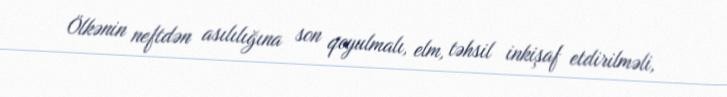
Ölkənin neftdən asılılığına son qoyulmalı, elm, təhsil inkişaf etdirilməli,